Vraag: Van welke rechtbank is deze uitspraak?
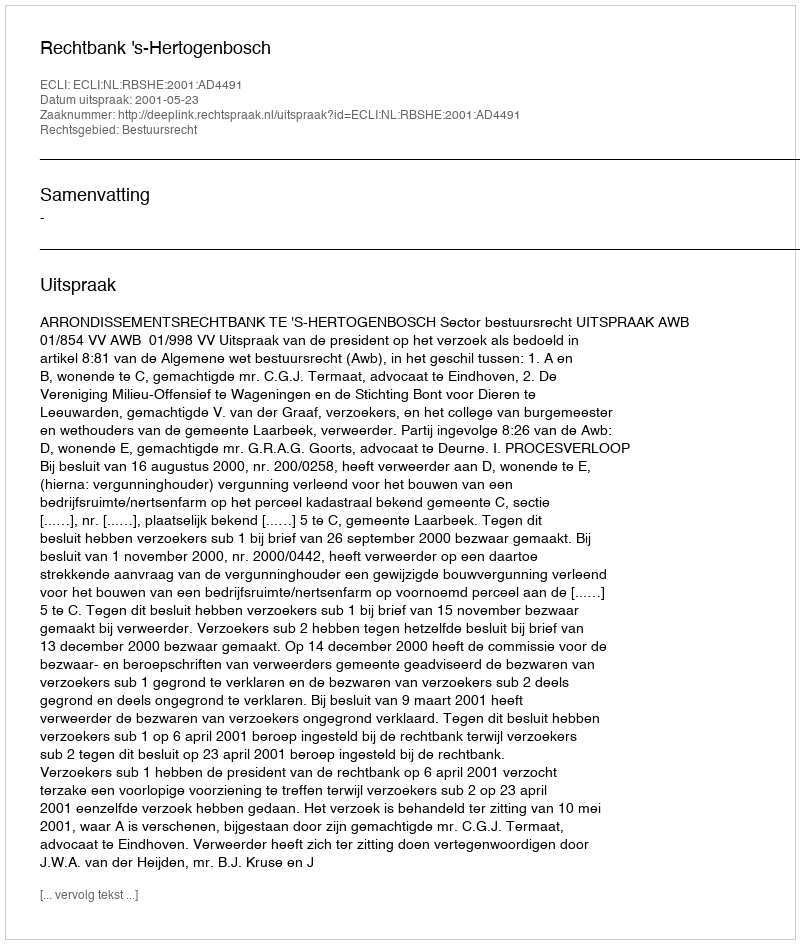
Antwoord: Rechtbank 's-Hertogenbosch